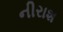
નીરાશ